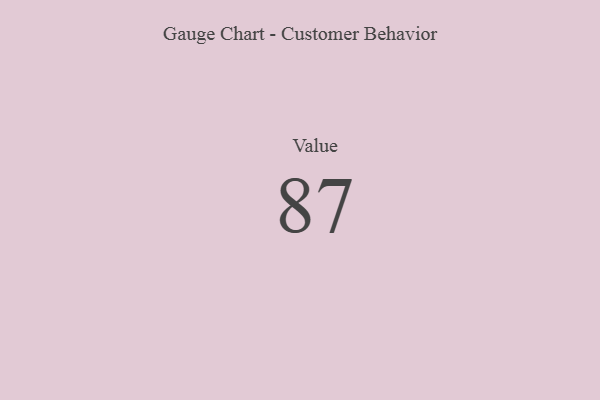
{"axis": {"x": "Metric", "y": "Value"}, "legend": [""], "data": [{"x": "Value", "y": 87, "type": ""}]}